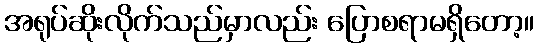
အရုပ်ဆိုးလိုက်သည်မှာလည်း ပြောစရာမရှိတော့။